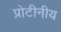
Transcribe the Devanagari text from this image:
प्रोटीनीय